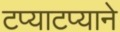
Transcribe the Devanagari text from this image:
टप्याटप्याने